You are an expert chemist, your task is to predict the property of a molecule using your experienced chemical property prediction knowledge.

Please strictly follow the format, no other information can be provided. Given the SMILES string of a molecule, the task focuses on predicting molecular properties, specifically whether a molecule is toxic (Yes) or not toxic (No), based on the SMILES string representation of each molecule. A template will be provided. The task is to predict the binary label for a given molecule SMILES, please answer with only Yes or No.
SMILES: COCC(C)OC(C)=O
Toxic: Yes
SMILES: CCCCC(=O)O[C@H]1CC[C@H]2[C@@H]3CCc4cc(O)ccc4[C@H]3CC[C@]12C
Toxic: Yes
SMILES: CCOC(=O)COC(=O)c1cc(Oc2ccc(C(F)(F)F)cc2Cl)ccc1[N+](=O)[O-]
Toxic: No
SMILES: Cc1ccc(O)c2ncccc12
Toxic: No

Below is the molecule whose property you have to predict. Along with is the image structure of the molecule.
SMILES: Cc1c(-c2ccccc2)oc2c(C(=O)OCCN3CCCCC3)cccc2c1=O
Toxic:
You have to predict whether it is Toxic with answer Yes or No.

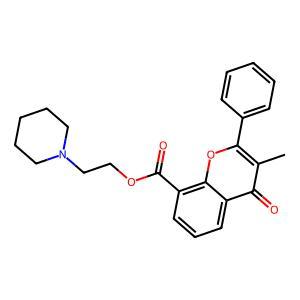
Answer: No